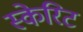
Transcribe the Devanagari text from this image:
स्केरिट